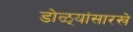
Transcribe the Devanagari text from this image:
डोळ्यांसारखे